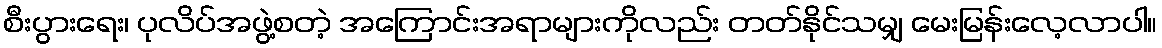
စီးပွားရေး၊ ပုလိပ်အဖွဲ့စတဲ့ အကြောင်းအရာများကိုလည်း တတ်နိုင်သမျှ မေးမြန်းလေ့လာပါ။